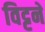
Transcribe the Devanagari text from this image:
विट्टने